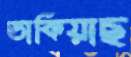
ডাকিয়াছ